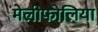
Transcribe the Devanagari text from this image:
मेलीफोलिया